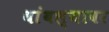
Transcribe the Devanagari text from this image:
थांबल्यावर